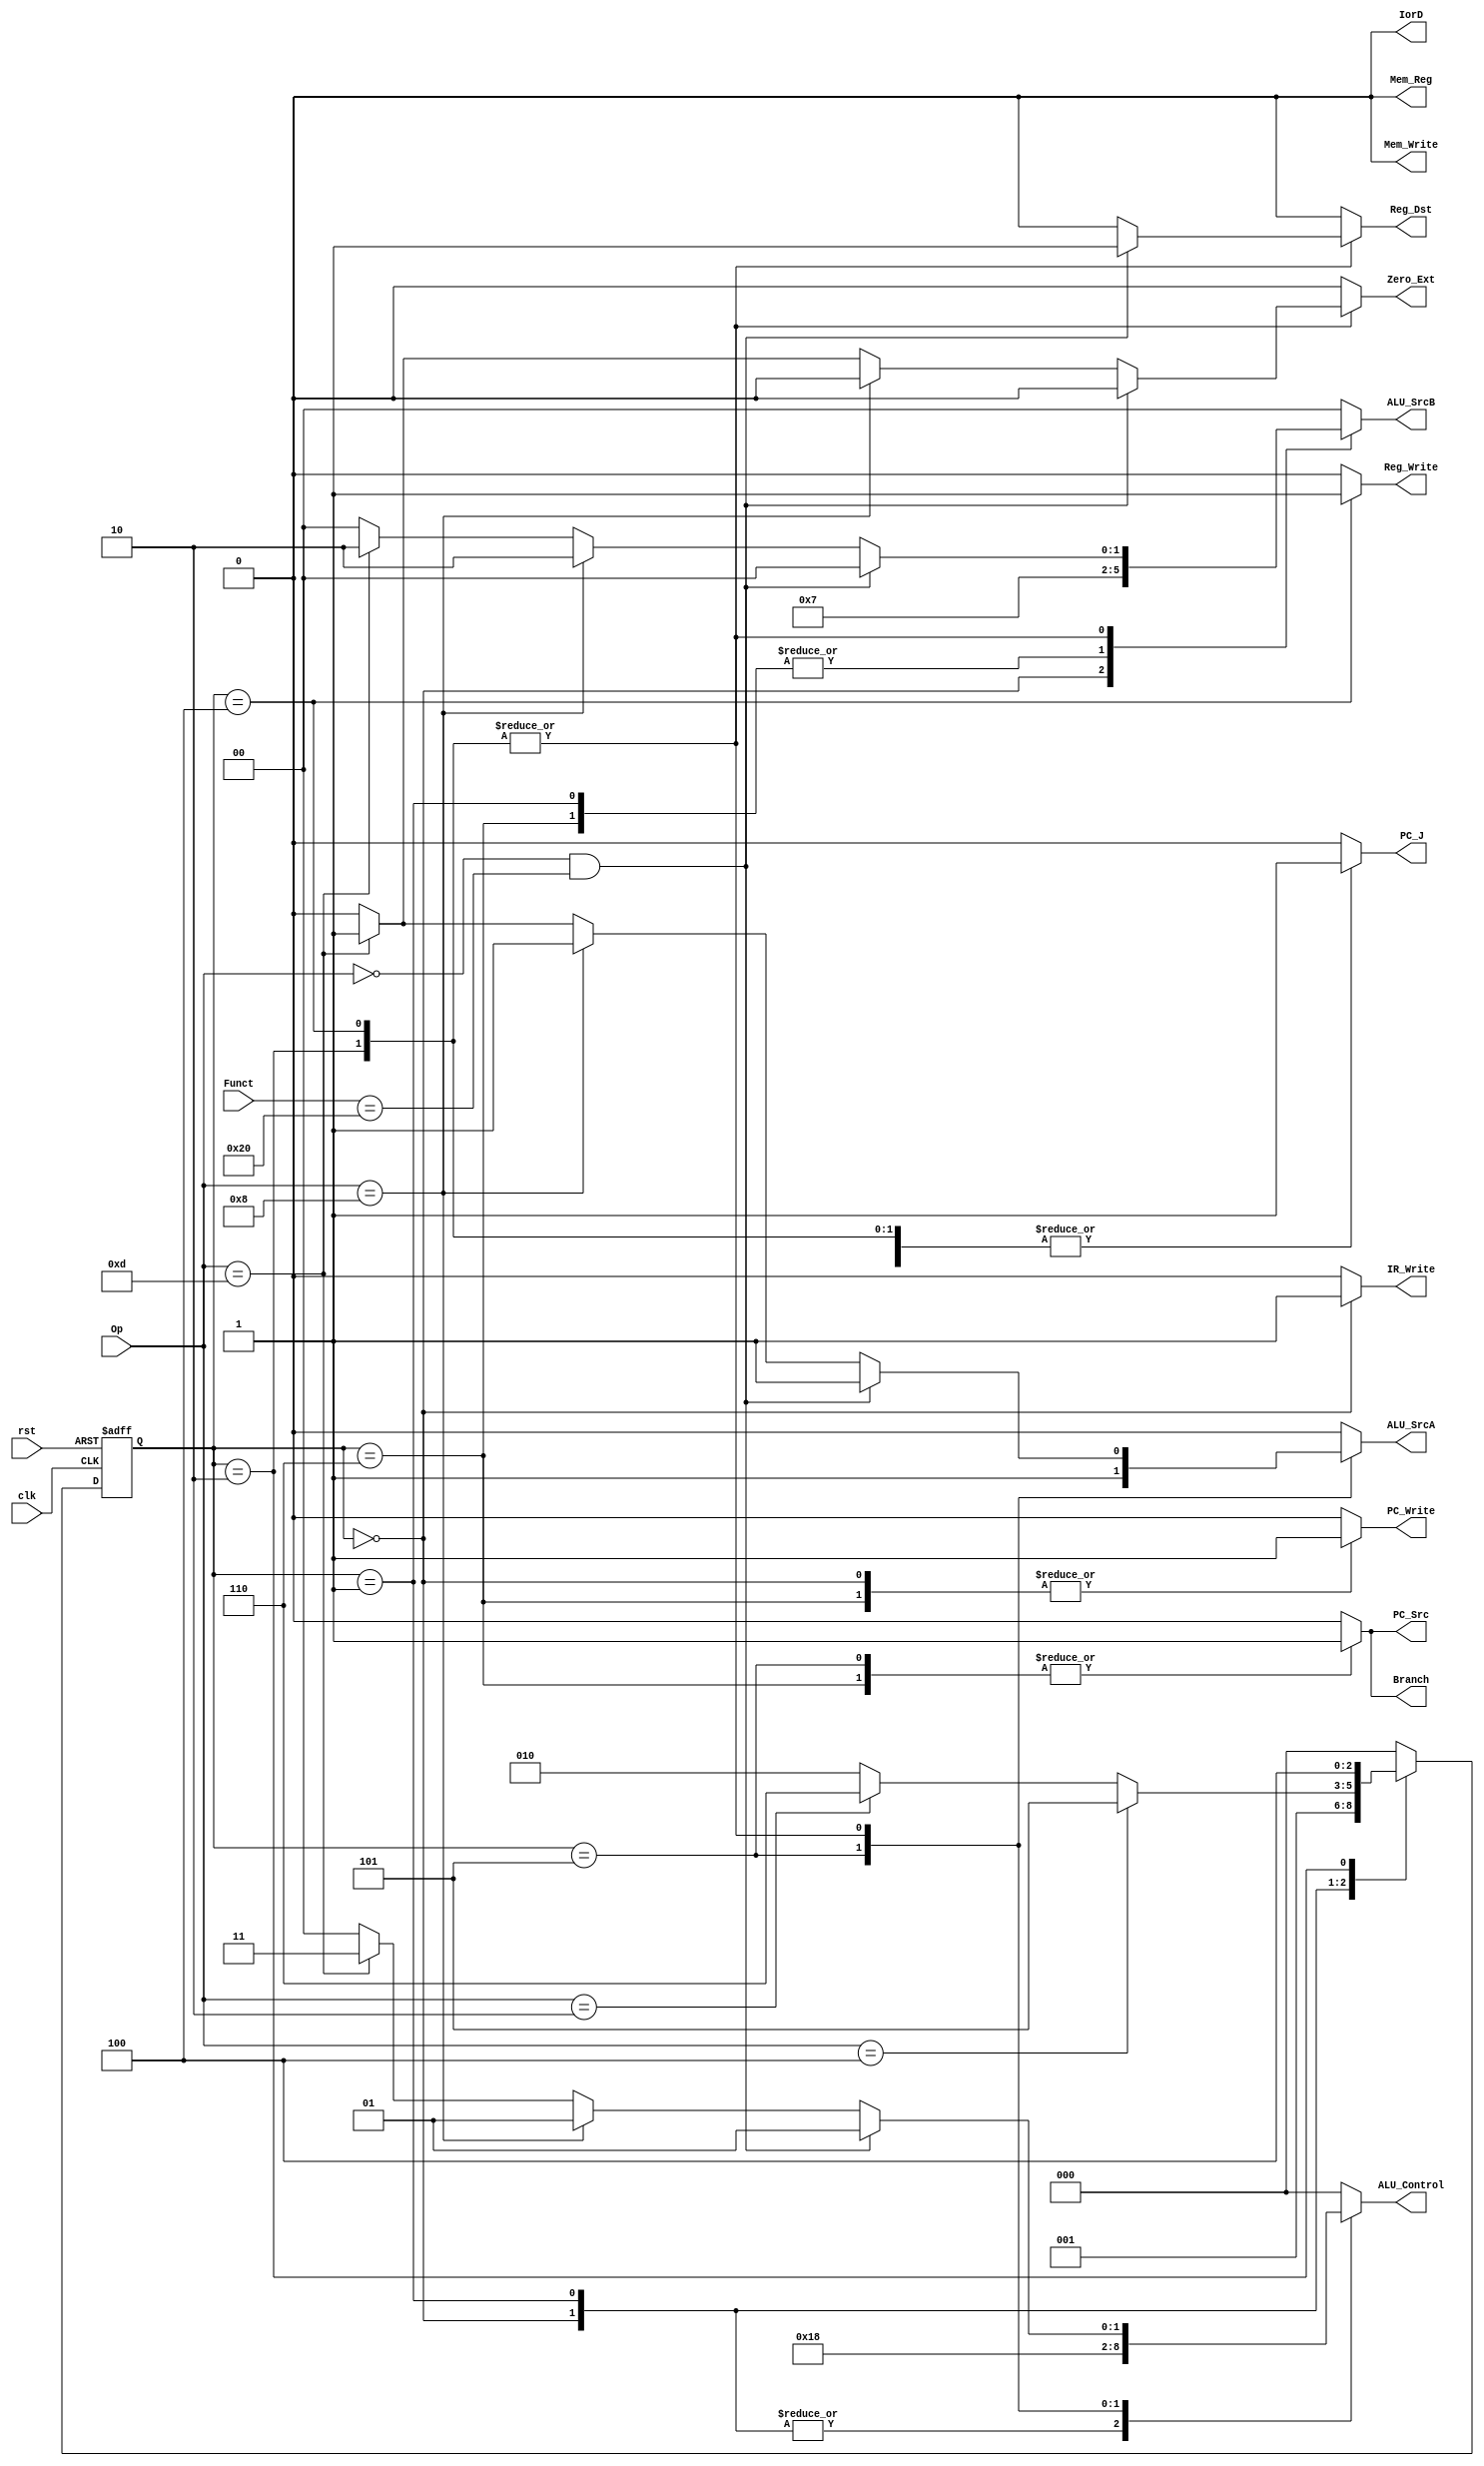
module ControlUnit2
#(
	parameter WIDTH = 32,
	parameter 	IF = 3'b000,	// INSTRUCTION FETCH
			ID = 3'b001,	// INSTRUCTION DECODE
			EX = 3'b010,	// EXECUTION
			MA = 3'b011,	// MEMORY ACCESS (opcional)
			WB = 3'b100, 	// WRITE BACK
			BEQ = 3'b101,	// STATE TO BEQ
			JMP = 3'b110 	// STATE TO JUMP
)
(
	input 		clk, rst,
	input [5:0] Op, Funct,
	
	output reg			IorD,
					Mem_Write,
					IR_Write,
					PC_Write,
					PC_Src,
					Branch,
					ALU_SrcA,
					Reg_Write,
					Mem_Reg,
					Reg_Dst,
					PC_J,
					Zero_Ext,
	output reg [2:0] ALU_Control,
	output reg [1:0] ALU_SrcB
				
);

	reg [2:0] y_C, Y_N;// y_C represents curretn state, Y_N represents next state
					
	always @(y_C or Op or Funct)
	begin: state_table
		Y_N = 3'b000;
		PC_Write 	= 1'b0;
		Mem_Write 	= 1'b0;
		IorD 		= 1'b0;
		IR_Write 	= 1'b0;
		PC_Src 		= 1'b0;
		Branch 		= 1'b0;
		ALU_Control 	= 3'b000;
		ALU_SrcB 	= 2'b00;
		ALU_SrcA 	= 1'b0;
		Reg_Write 	= 1'b0;
		Mem_Reg 	= 1'b0; 
		Reg_Dst 	= 1'b0;
		PC_J 		= 1'b0;
		Zero_Ext 	= 1'b0;
		
		case(y_C)
			IF: begin
				PC_Write 	= 1'b1;
				Mem_Write 	= 1'b0;
				IorD 		= 1'b0;
				IR_Write 	= 1'b1;
				PC_Src 		= 1'b0;
				Branch 		= 1'b0;
				ALU_Control 	= 3'b001;
				ALU_SrcB 	= 2'b01;
				ALU_SrcA 	= 1'b0;
				Reg_Write 	= 1'b0;
				Mem_Reg 	= 1'b0; 
				Reg_Dst 	= 1'b0;
				PC_J 		= 1'b1;
				Zero_Ext 	= 1'b0;
				Y_N = ID;
			end
			
			ID: begin
				PC_Write 	= 1'b0;
				Mem_Write 	= 1'b0;
				IorD 		= 1'b0;
				IR_Write 	= 1'b0;
				PC_Src 		= 1'b0;
				Branch 		= 1'b0;
				ALU_Control 	= 3'b001;
				ALU_SrcB 	= 2'b11;
				ALU_SrcA 	= 1'b0;
				Reg_Write 	= 1'b0;
				Mem_Reg 	= 1'b0;
				Reg_Dst 	= 1'b0;
				PC_J 		= 1'b1;
				Zero_Ext 	= 1'b0;
				
				if (Op == 6'h04) 
				begin // BEQ
				Y_N = BEQ;
				end
				
				else if(Op == 6'h02)
				begin // JMP
				Y_N = JMP;
				end

				else
				begin
				Y_N = EX;
				end
			end
			
			BEQ: begin
				PC_Write 	= 1'b0;
				Mem_Write 	= 1'b0;
				IorD 		= 1'b0;
				IR_Write 	= 1'b0;
				PC_Src 		= 1'b1;
				Branch 		= 1'b1;
				ALU_Control 	= 3'b100;
				ALU_SrcB 	= 2'b00;
				ALU_SrcA 	= 1'b1;
				Reg_Write 	= 1'b0;
				Mem_Reg 	= 1'b0;
				Reg_Dst 	= 1'b0;
				PC_J 		= 1'b1;
				Y_N = IF;
			end

			JMP: begin
				PC_Write 	= 1'b1;
				Mem_Write 	= 1'b0;
				IorD 		= 1'b0;
				IR_Write 	= 1'b0;
				PC_Src 		= 1'b1;
				Branch 		= 1'b1;
				ALU_Control 	= 3'b000;
				ALU_SrcB 	= 2'b11;
				ALU_SrcA 	= 1'b0;
				Reg_Write 	= 1'b0;
				Mem_Reg 	= 1'b0;
				Reg_Dst 	= 1'b0;
				PC_J 		= 1'b0;
				Y_N = IF;
			end
			EX: begin
				PC_Write 	= 1'b0;
				Mem_Write 	= 1'b0;
				IorD 		= 1'b0;
				IR_Write 	= 1'b0;
				PC_Src 		= 1'b0;
				Branch 		= 1'b0;
				Reg_Write 	= 1'b0;
				PC_J 		= 1'b1;
				Y_N = WB;
				
				
				if(Op == 6'h0 && Funct == 6'h20)
				begin	// ADD
				ALU_Control 	= 3'b001;
				ALU_SrcB 	= 2'b00;
				ALU_SrcA 	= 1'b1;
				Mem_Reg 	= 1'b0;
				Reg_Dst 	= 1'b1;
				Zero_Ext 	= 1'b0;
				Y_N = WB;
				end
				
				else if (Op == 6'h08)
				begin //ADDI
				ALU_Control 	= 3'b001;
				ALU_SrcB 	= 2'b10;
				ALU_SrcA 	= 1'b1;
				Mem_Reg 	= 1'b0;
				Reg_Dst 	= 1'b0;
				Zero_Ext 	= 1'b0;
				Y_N = WB;
				end	
				
				else if (Op == 6'h0d)
				begin //ORI
				ALU_Control 	= 3'b011;
				ALU_SrcB 	= 2'b10;
				ALU_SrcA 	= 1'b1;
				Mem_Reg 	= 1'b0;
				Reg_Dst 	= 1'b0;
				Zero_Ext 	= 1'b1;
				Y_N = WB;
				end
				
			end
			
			/*MA: begin
				PC_Write 	= 1'b0;
				Mem_Write 	= 1'b0;
				IorD 			= 1'b0;
				IR_Write 	= 1'b0;
				PC_Src 		= 1'b1;
				Branch 		= 1'b0;
				ALU_Control = 3'b111;
				ALU_SrcB 	= 2'b10;
				ALU_SrcA 	= 1'b1;
				Reg_Write 	= 1'b0;
				Mem_Reg 		= 1'b1;
				Reg_Dst 		= 1'b1;
				Y_N = WB;
			end*/
			
			WB: begin
				PC_Write 	= 1'b0;
				Mem_Write 	= 1'b0;
				IorD 		= 1'b0;
				IR_Write 	= 1'b0;
				PC_Src 		= 1'b0;
				Branch 		= 1'b0;
				Reg_Write 	= 1'b1;
				Mem_Reg 	= 1'b0;
				PC_J 		= 1'b1;
				
				
				if(Op == 6'h0 && Funct == 6'h20) 
				begin // add
					ALU_Control 	= 3'b001;
					ALU_SrcB 	= 2'b00;
					ALU_SrcA 	= 1'b1;
					Reg_Dst		= 1'b1;
					Zero_Ext 	= 1'b0;
					Y_N = IF;
				end
				
				else if(Op == 6'h8) 
				begin // addi
					ALU_Control 	= 3'b001;
					ALU_SrcB 	= 2'b10;
					ALU_SrcA 	= 1'b1;
					Reg_Dst		= 1'b0;
					Zero_Ext 	= 1'b0;
					Y_N = IF;
				end
				
				else if (Op == 6'h0d)
				begin //ORI
					ALU_Control 	= 3'b011;
					ALU_SrcB 	= 2'b10;
					ALU_SrcA 	= 1'b1;
					Reg_Dst 	= 1'b0;
					Zero_Ext 	= 1'b1;
					Y_N = IF;
				end
			
			end
			
			default: Y_N = 3'b000;
		endcase
	end 
	
	always@(posedge clk or negedge rst)
	begin: state_FFs
		if(rst == 0)
			y_C <= IF;
		else 
			y_C <= Y_N;
	end // state_FFs


endmodule